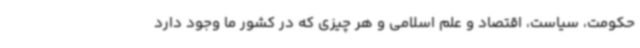
حکومت، سیاست، اقتصاد و علم اسلامی و هر چیزی که در کشور ما وجود دارد